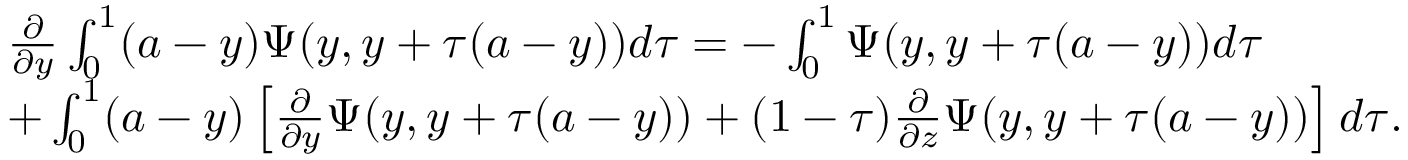
\begin{array} { r l } & { \frac { \partial } { \partial y } \int _ { 0 } ^ { 1 } ( a - y ) \Psi ( y , y + \tau ( a - y ) ) d \tau = - \int _ { 0 } ^ { 1 } \Psi ( y , y + \tau ( a - y ) ) d \tau } \\ & { + \int _ { 0 } ^ { 1 } ( a - y ) \left[ \frac { \partial } { \partial y } \Psi ( y , y + \tau ( a - y ) ) + ( 1 - \tau ) \frac { \partial } { \partial z } \Psi ( y , y + \tau ( a - y ) ) \right] d \tau . } \end{array}